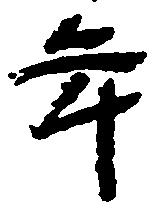
年